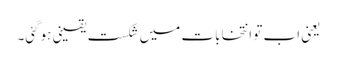
یعنی اب تو انتخابات میں شکست یقینی ہوگئی۔